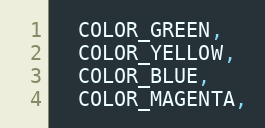
Language: C
  COLOR_GREEN,
  COLOR_YELLOW,
  COLOR_BLUE,
  COLOR_MAGENTA,